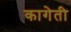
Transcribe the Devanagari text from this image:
कागेती